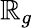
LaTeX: \mathbb{R}_{g}